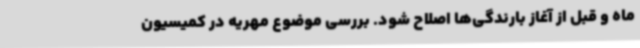
ماه و قبل از آغاز بارندگی‌ها اصلاح شود. بررسی موضوع مهریه در کمیسیون